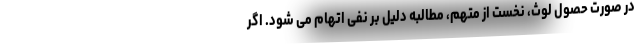
در صورت حصول لوث، نخست از متهم، مطالبه دلیل بر نفی اتهام می شود. اگر